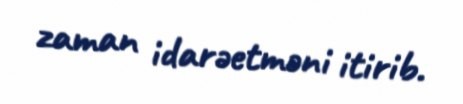
zaman idarəetməni itirib.